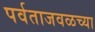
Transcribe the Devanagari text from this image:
पर्वताजवळच्या